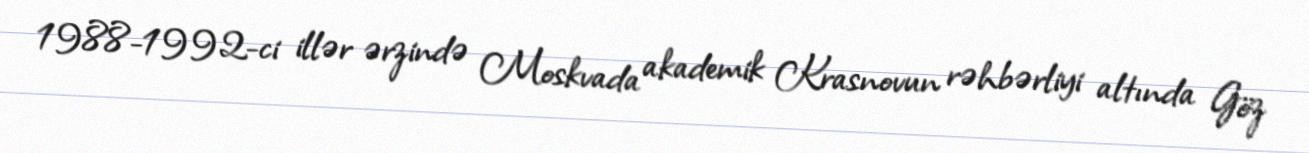
1988-1992-ci illər ərzində Moskvada akademik Krasnovun rəhbərliyi altında Göz